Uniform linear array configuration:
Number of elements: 64
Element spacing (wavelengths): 1
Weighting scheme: hamming
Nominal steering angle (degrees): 30
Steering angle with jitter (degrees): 30.582
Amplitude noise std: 0.05
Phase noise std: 0.05

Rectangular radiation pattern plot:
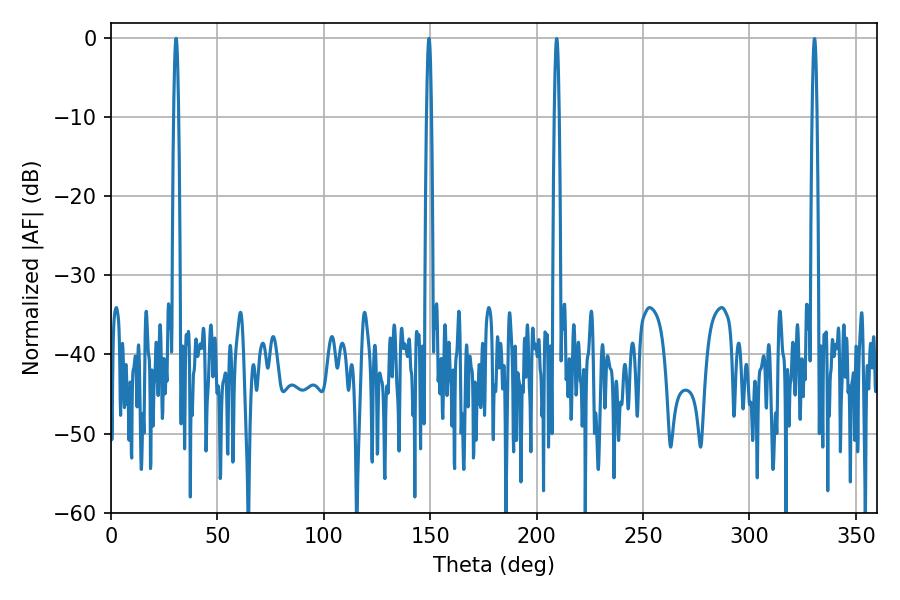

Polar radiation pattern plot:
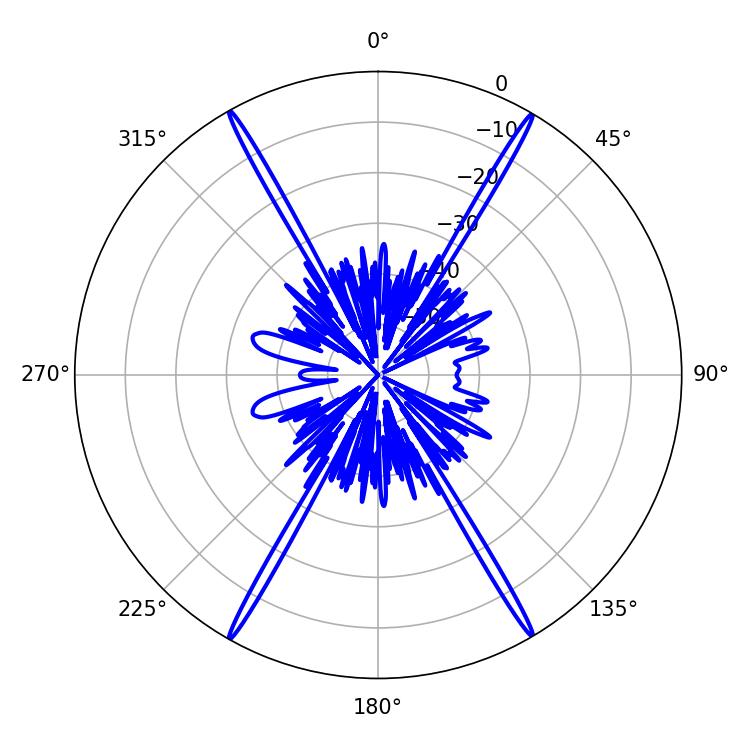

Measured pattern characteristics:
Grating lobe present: TRUE
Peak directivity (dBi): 32.528
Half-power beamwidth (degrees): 1.08
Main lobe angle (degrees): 30.6